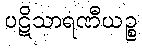
ပဋိသာရဏီယဉ္စ